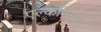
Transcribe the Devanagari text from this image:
एल्केमिस्ट